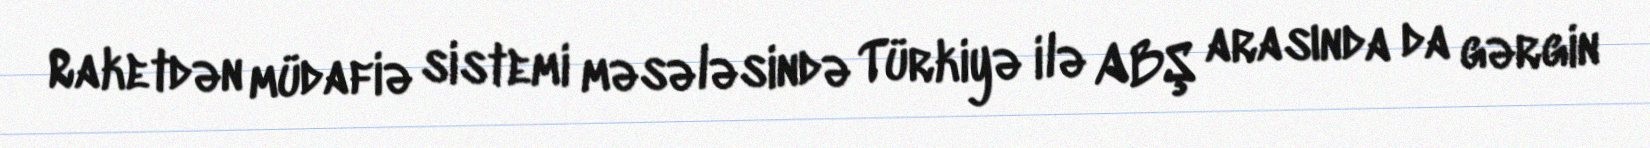
Raketdən müdafiə sistemi məsələsində Türkiyə ilə ABŞ arasında da gərgin